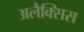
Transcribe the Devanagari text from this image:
अलैक्सिस